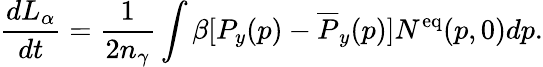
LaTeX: \frac{dL_{\alpha}}{dt}=\frac{1}{2n_{\gamma}}\int\beta[P_{y}(p)-\overline{{{P}}}_{y}(p)]N^{\mathrm{eq}}(p,0)dp.